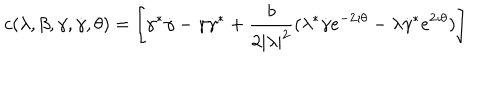
c ( \lambda , \beta , \gamma , \dot { \gamma } , \theta ) = \left[ \gamma ^ { * } \dot { \gamma } - \gamma \dot { \gamma } ^ { * } + \frac { b } { 2 | \lambda | ^ { 2 } } ( \lambda ^ { * } \dot { \gamma } e ^ { - 2 \imath \theta } - \lambda \dot { \gamma } ^ { * } e ^ { 2 \imath \theta } ) \right]